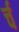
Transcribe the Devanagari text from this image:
र्च